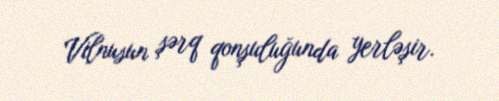
Vilnusun şərq qonşuluğunda yerləşir.